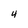
Character: 4